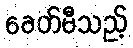
ခေတ်မီသည့်